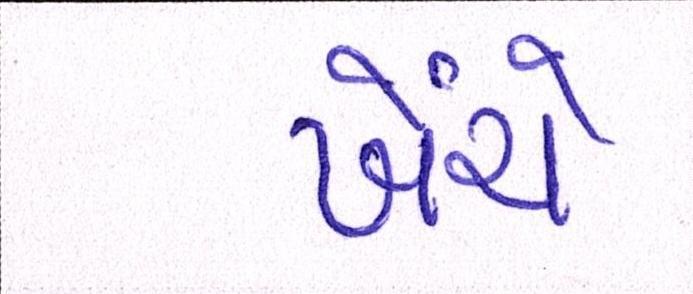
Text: ખેંચે